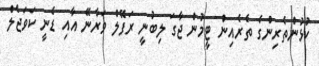
ކުޅުންތެރިންގެ ތެރެއިން ޓީމުން ޖާގަ ލިބުނީ ރަފޭލް ވަރާނޭ އާއި ޑެނީ ކަވަޖެލް